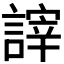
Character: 𧪹